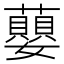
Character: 蘡